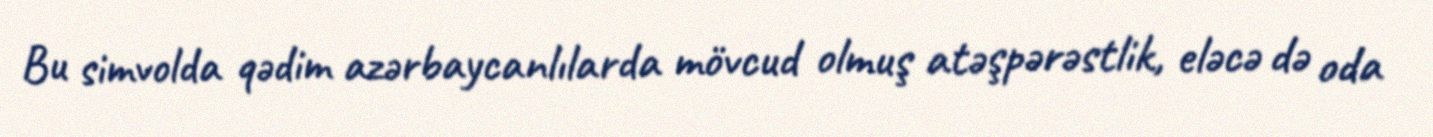
Bu simvolda qədim azərbaycanlılarda mövcud olmuş atəşpərəstlik, eləcə də oda